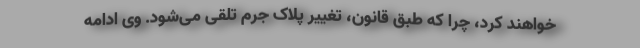
خواهند کرد، چرا که طبق قانون، تغییر پلاک جرم تلقی می‌شود. وی ادامه